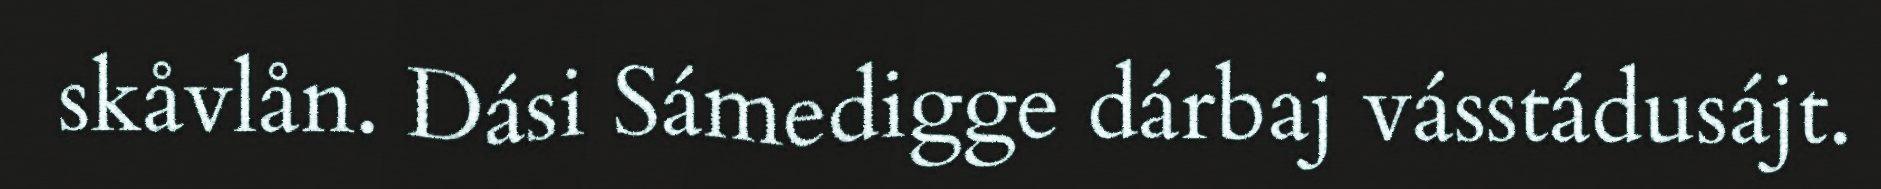
skåvlån. Dási Sámedigge dárbaj vásstádusájt.